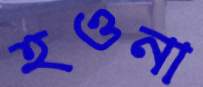
হওনা